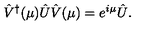
\hat { V } ^ { \dagger } ( \mu ) \hat { U } \hat { V } ( \mu ) = e ^ { i \mu } \hat { U } .